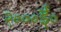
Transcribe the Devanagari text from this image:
२०००ई०